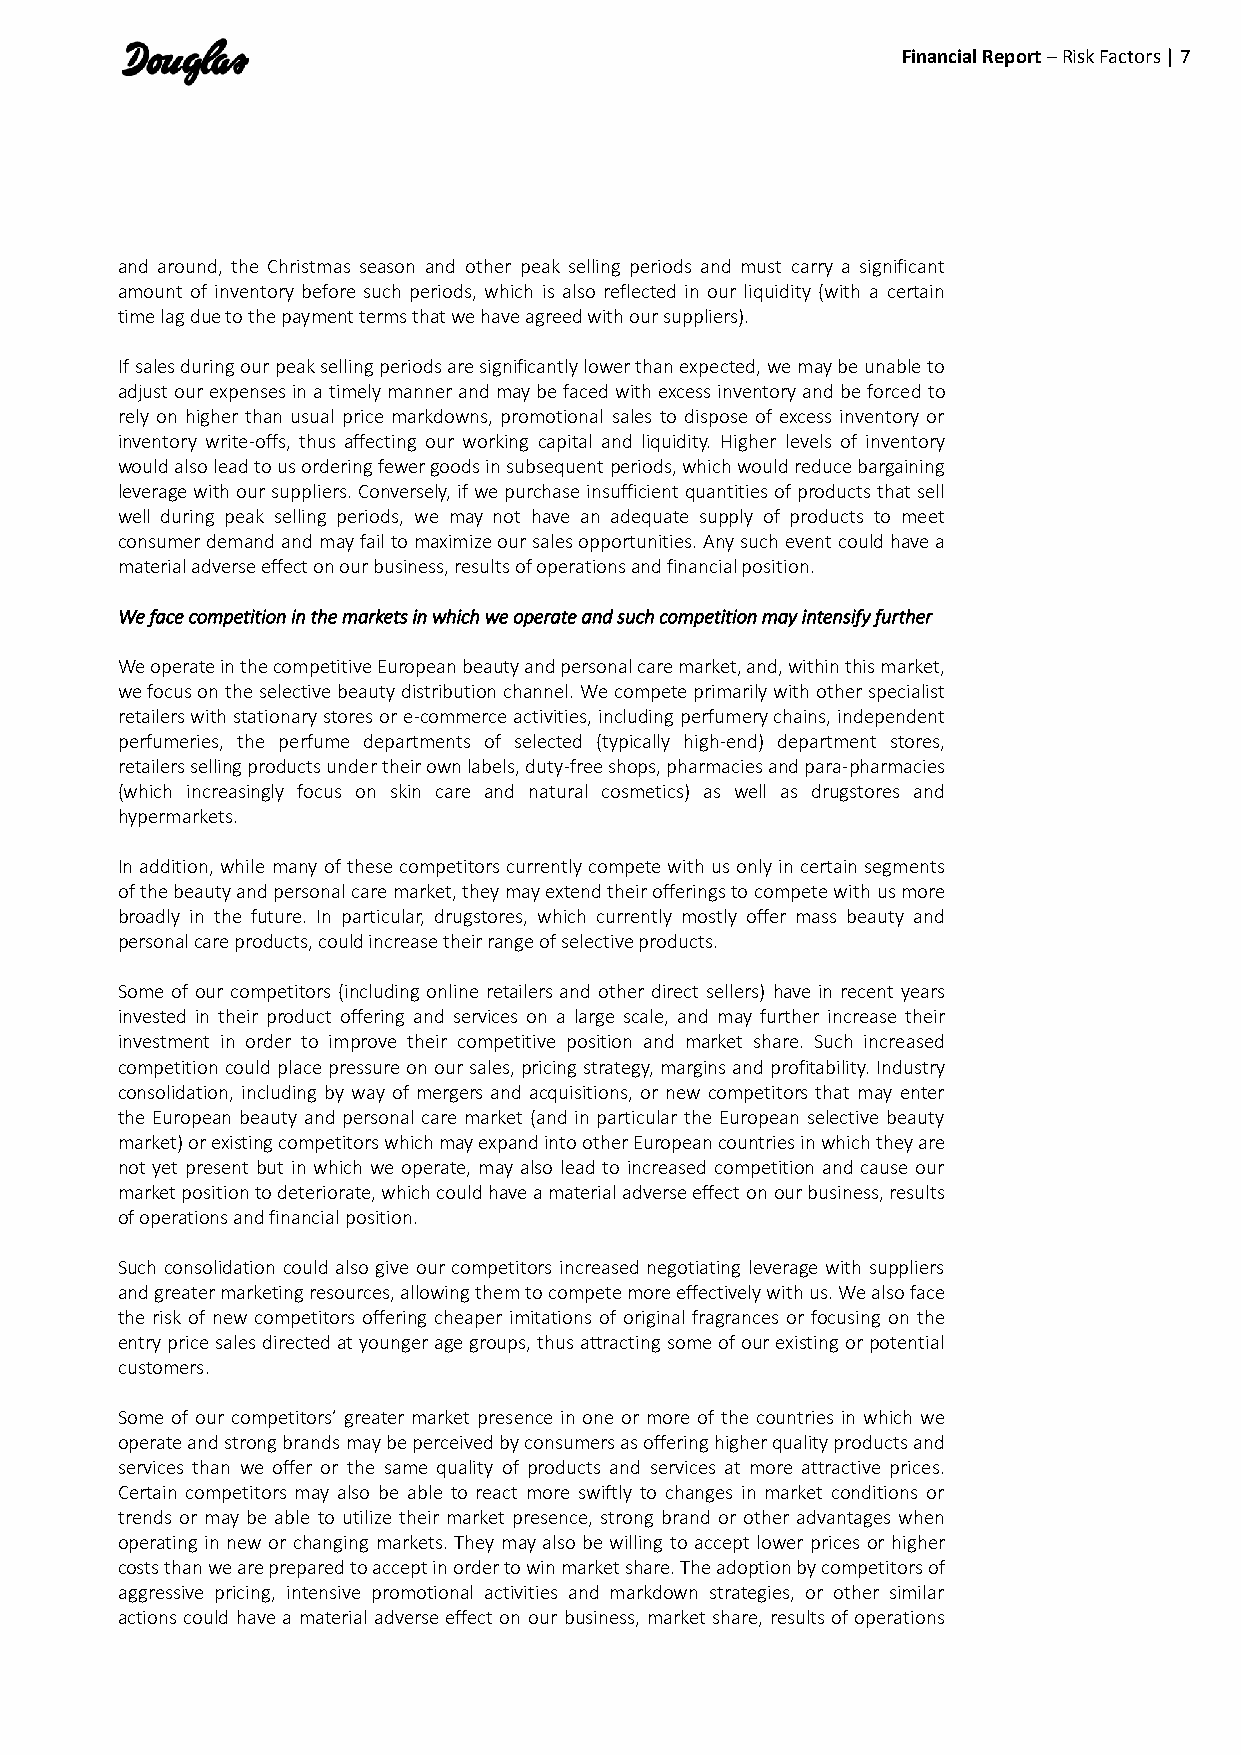
Financial Report – Risk Factors | 7
 and around, the Christmas season and other peak selling periods and must carry a significant
 amount of inventory before such periods, which is also reflected in our liquidity (with a certain
 time lag due to the payment terms that we have agreed with our suppliers).
 If sales during our peak selling periods are significantly lower than expected, we may be unable to
 adjust our expenses in a timely manner and may be faced with excess inventory and be forced to
 rely on higher than usual price markdowns, promotional sales to dispose of excess inventory or
 inventory write-offs, thus affecting our working capital and liquidity. Higher levels of inventory
 would also lead to us ordering fewer goods in subsequent periods, which would reduce bargaining
 leverage with our suppliers. Conversely, if we purchase insufficient quantities of products that sell
 well during peak selling periods, we may not have an adequate supply of products to meet
 consumer demand and may fail to maximize our sales opportunities. Any such event could have a
 material adverse effect on our business, results of operations and financial position.
 We face competition in the markets in which we operate and such competition may intensify further
 We operate in the competitive European beauty and personal care market, and, within this market,
 we focus on the selective beauty distribution channel. We compete primarily with other specialist
 retailers with stationary stores or e-commerce activities, including perfumery chains, independent
 perfumeries, the perfume departments of selected (typically high-end) department stores,
 retailers selling products under their own labels, duty-free shops, pharmacies and para-pharmacies
 (which increasingly focus on skin care and natural cosmetics) as well as drugstores and
 hypermarkets.
 In addition, while many of these competitors currently compete with us only in certain segments
 of the beauty and personal care market, they may extend their offerings to compete with us more
 broadly in the future. In particular, drugstores, which currently mostly offer mass beauty and
 personal care products, could increase their range of selective products.
 Some of our competitors (including online retailers and other direct sellers) have in recent years
 invested in their product offering and services on a large scale, and may further increase their
 investment in order to improve their competitive position and market share. Such increased
 competition could place pressure on our sales, pricing strategy, margins and profitability. Industry
 consolidation, including by way of mergers and acquisitions, or new competitors that may enter
 the European beauty and personal care market (and in particular the European selective beauty
 market) or existing competitors which may expand into other European countries in which they are
 not yet present but in which we operate, may also lead to increased competition and cause our
 market position to deteriorate, which could have a material adverse effect on our business, results
 of operations and financial position.
 Such consolidation could also give our competitors increased negotiating leverage with suppliers
 and greater marketing resources, allowing them to compete more effectively with us. We also face
 the risk of new competitors offering cheaper imitations of original fragrances or focusing on the
 entry price sales directed at younger age groups, thus attracting some of our existing or potential
 customers.
 Some of our competitors’ greater market presence in one or more of the countries in which we
 operate and strong brands may be perceived by consumers as offering higher quality products and
 services than we offer or the same quality of products and services at more attractive prices.
 Certain competitors may also be able to react more swiftly to changes in market conditions or
 trends or may be able to utilize their market presence, strong brand or other advantages when
 operating in new or changing markets. They may also be willing to accept lower prices or higher
 costs than we are prepared to accept in order to win market share. The adoption by competitors of
 aggressive pricing, intensive promotional activities and markdown strategies, or other similar
 actions could have a material adverse effect on our business, market share, results of operations